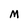
Character: M